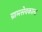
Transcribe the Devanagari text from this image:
ग्रामसेवकाला